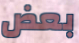
بعض